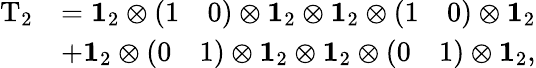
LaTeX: \begin{array}{rl}{\mathrm{T}_{2}}&{=\mathbf{1}_{2}\otimes\left(\begin{array}{ll}{1}&{0}\end{array}\right)\otimes\mathbf{1}_{2}\otimes\mathbf{1}_{2}\otimes\left(\begin{array}{ll}{1}&{0}\end{array}\right)\otimes\mathbf{1}_{2}}\\ &{+\mathbf{1}_{2}\otimes\left(\begin{array}{ll}{0}&{1}\end{array}\right)\otimes\mathbf{1}_{2}\otimes\mathbf{1}_{2}\otimes\left(\begin{array}{ll}{0}&{1}\end{array}\right)\otimes\mathbf{1}_{2},}\end{array}